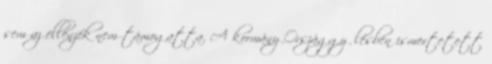
sem az ellenzék nem támogatta. A kormány Országgyűlésben ismertetett